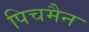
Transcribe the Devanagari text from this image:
पिचमैन